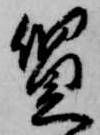
質